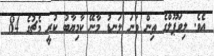
އެވެ. ލިވަޕޫލްގެ ތިން ވަނަ ލަނޑު މާނޭ ކާމިޔާބު ކުރީ މެޗުގެ 84